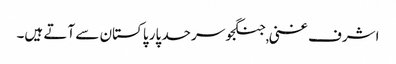
اشرف غنی ,جنگجو سرحد پار پاکستان سے آتے ہیں۔